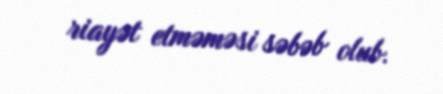
riayət etməməsi səbəb olub.